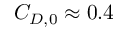
C _ { D , 0 } \approx 0 . 4